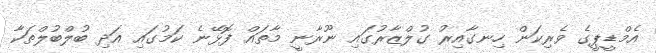
އެމްޑީޕީގެ ވެރިކަން ހިނގާއިރު ގުލްޒާރުގައި ނޫރާނީ މާތައް ފޮޅޭނެ ކަމުގައި އަދި ބުލްބުލްތަކާ